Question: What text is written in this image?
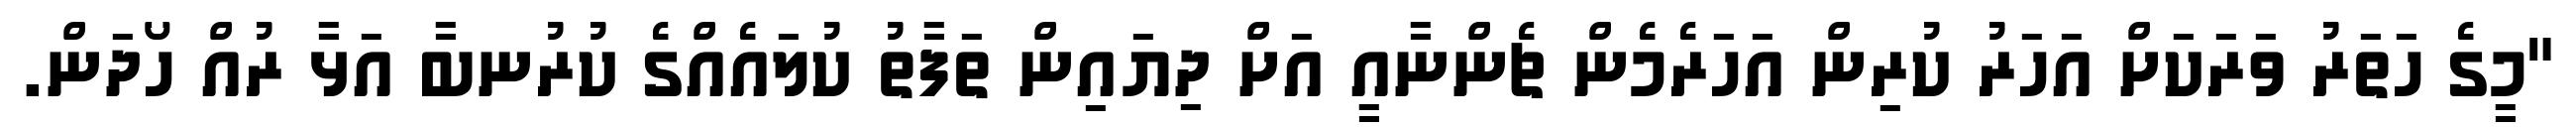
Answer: "މީގެ ހަތަރު ވަރަކަށް އަހަރު ކުރިން އަހަރެމެން ޗެންނާއީ އަށް ދިޔައިން ތަފާތު ކުލައެއްގެ ކުރުނބާ އަޅާ ރުއް ހޯދަން.